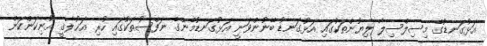
އަޅުގަނޑުގެ މިސިލްސިލާ ލިޔުންތަކުގައި އަޅުގަނޑު ބޭނުންވަނީ އަޅުގަނޑުމެންގެ ނަފްސުތަކުގައި ހުރި އަޚުލާޤީ އުނިކަންކަން